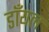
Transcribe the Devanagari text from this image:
डाँयल